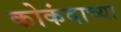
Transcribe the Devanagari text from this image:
कोकंदाच्या